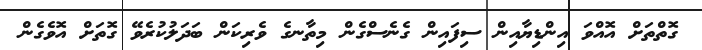
ގޮތްތަށް އޮއްވަ އިންޑިޔާއިން ސިފައިން ގެނެސްގެން މިތާނގެ ވެރިކަން ބަދަލުކުރެވޭ ގޮތަށް އޮވެގެން